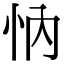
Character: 𢗉